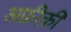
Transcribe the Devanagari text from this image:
अफ़्रीक़ी